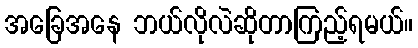
အခြေအနေ ဘယ်လိုလဲဆိုတာကြည့်ရမယ်။